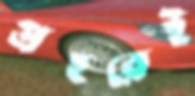
প্রহরেই